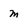
Character: m